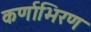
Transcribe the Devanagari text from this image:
कर्णाभिरण